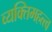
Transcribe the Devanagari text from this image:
व्यक्‍तिमहत्त्व